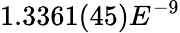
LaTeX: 1.3361(45)E^{-9}